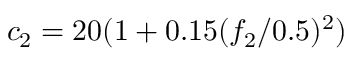
c _ { 2 } = 2 0 ( 1 + 0 . 1 5 ( { f _ { 2 } } / { 0 . 5 } ) ^ { 2 } )